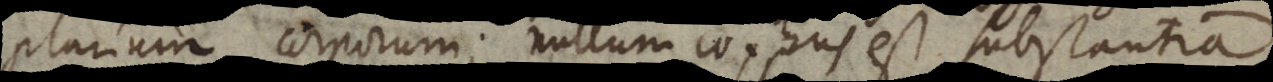
plurium corporum; nullum corpus est substantia;